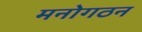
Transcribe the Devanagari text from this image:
मनोगठन